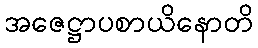
အဇေဋ္ဌာပစာယိနောတိ